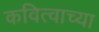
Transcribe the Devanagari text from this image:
कवित्वाच्या